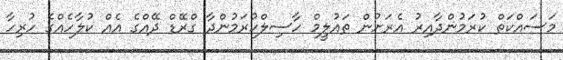
މަސައްކަތް ކުރަމުންދާއިރު އެރަށުން ތައުލީމް ހާސިލްކުރަމުންދާ ގްރޭޑް ދޭއްގެ އެއް ކުލާހެއްގެ ހުރިހާ